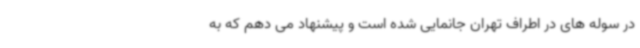
در سوله های در اطراف تهران جانمایی شده است و پیشنهاد می دهم که به